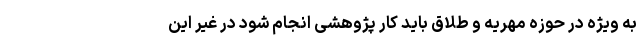
به ویژه در حوزه مهریه و طلاق باید کار پژوهشی انجام شود در غیر این